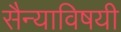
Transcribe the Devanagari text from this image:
सैन्याविषयी